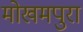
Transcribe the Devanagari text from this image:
मोखमपुरा